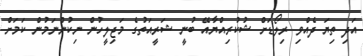
އަދި ތިޔަ ދެއްވި ރިލޯޑަށް ޝުކުރިއްޔާއޭ ބުނީ ޝަރީއަތުގެ މަޖިލީހުން ނިކުންނަމުން ކަމަށް